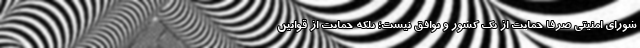
شورای امنیتی صرفا حمایت از یک کشور و توافق نیست؛ بلکه حمایت از قوانین